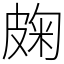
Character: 龾